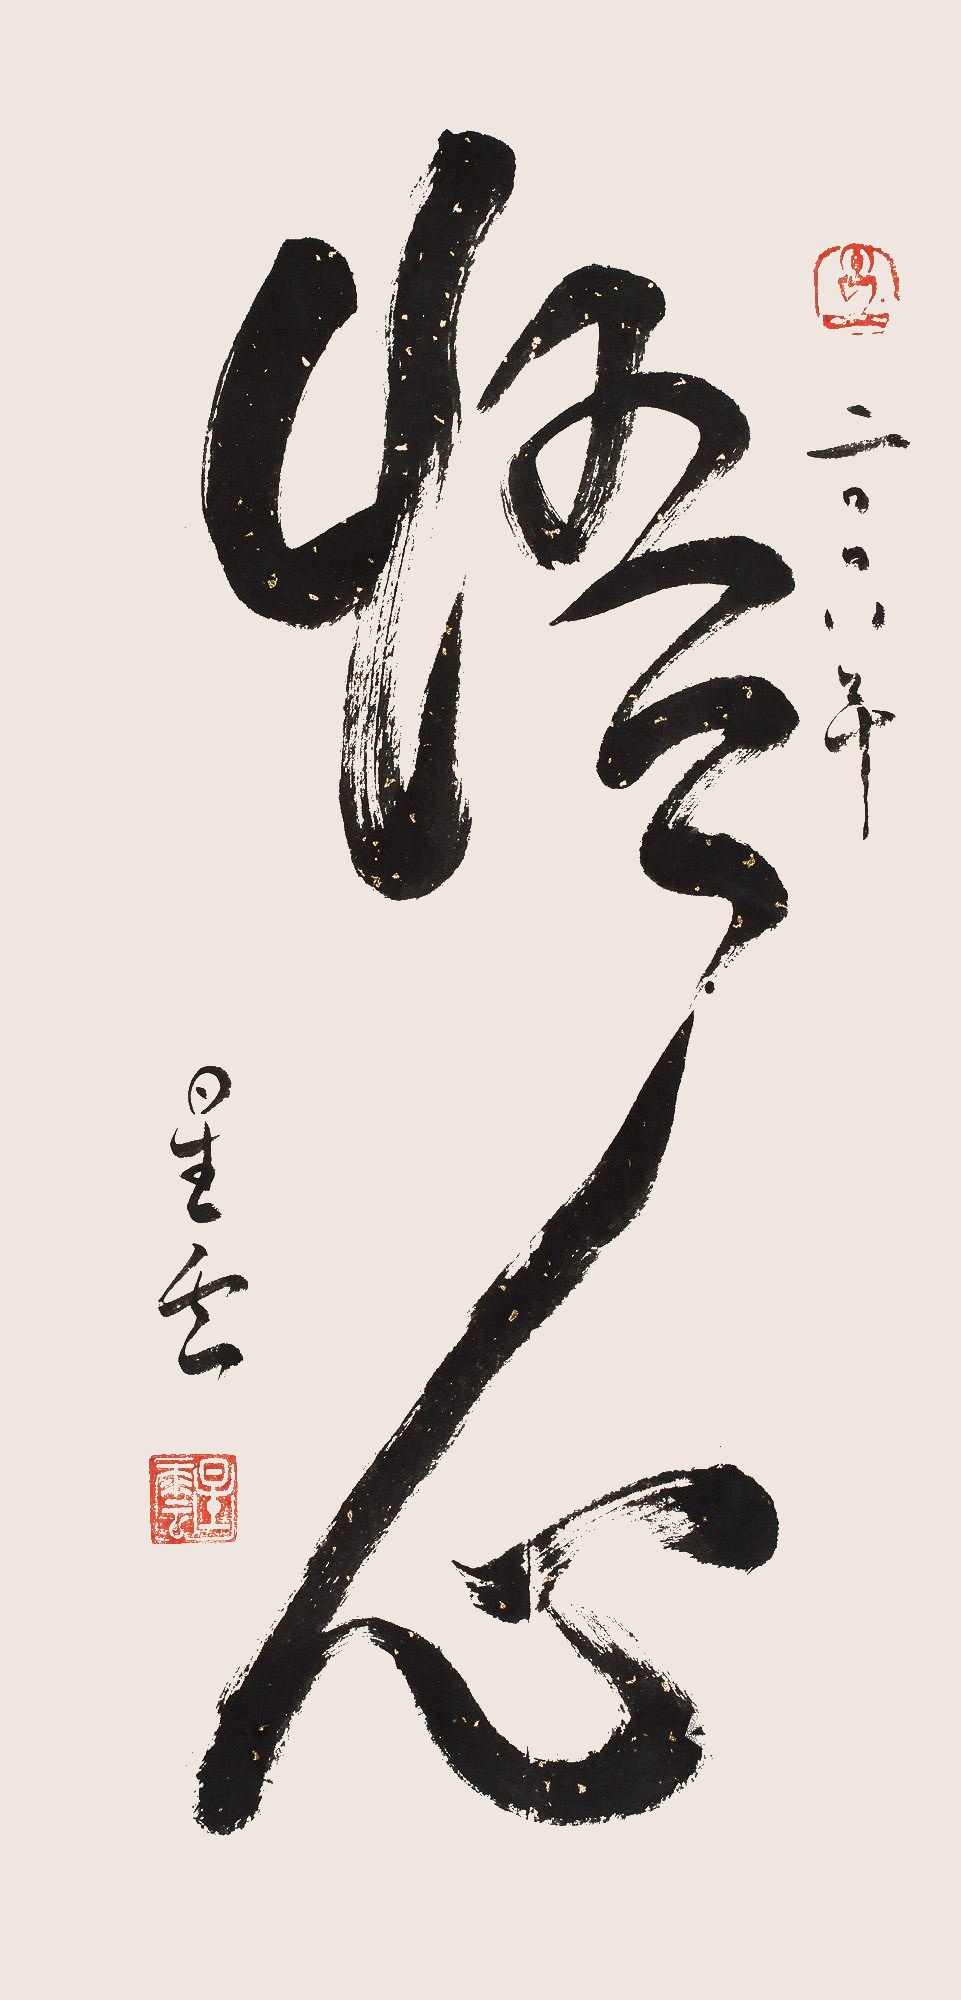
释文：悟心二〇〇八年，星云